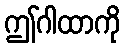
ဤဂါထာကို